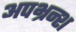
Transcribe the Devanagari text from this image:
अपभ्रन्‍श